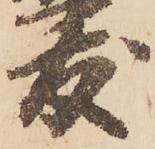
友